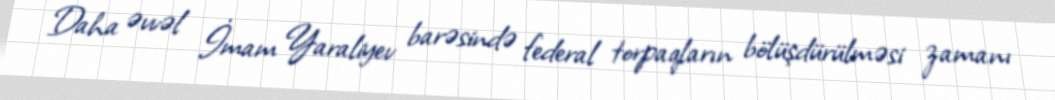
Daha əvvəl İmam Yaraliyev barəsində federal torpaqların bölüşdürülməsi zamanı